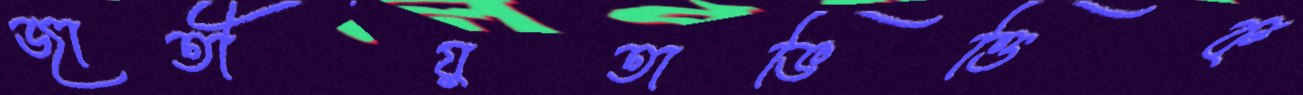
জাতীয়তাভিত্তিক